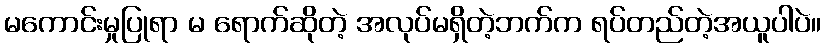
မကောင်းမှုပြုရာ မ ရောက်ဆိုတဲ့ အလုပ်မရှိတဲ့ဘက်က ရပ်တည်တဲ့အယူပါပဲ။